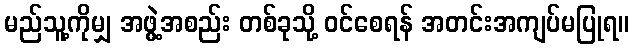
မည်သူ့ကိုမျှ အဖွဲ့အစည်း တစ်ခုသို့ ဝင်စေရန် အတင်းအကျပ်မပြုရ။